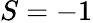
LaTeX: S=-1